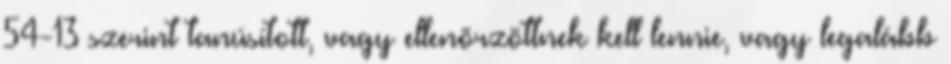
54-13 szerint tanúsított, vagy ellenõrzöttnek kell lennie, vagy legalább